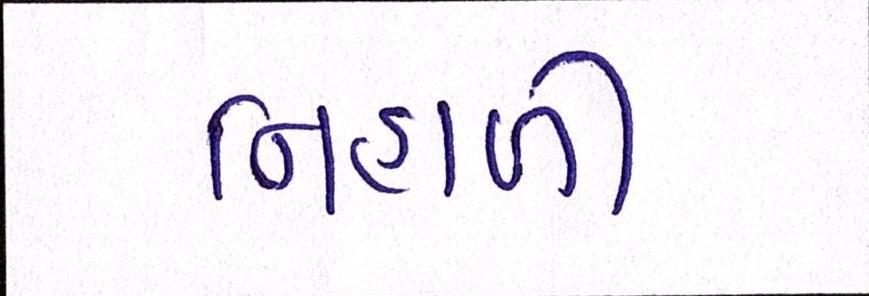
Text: નિહાળી